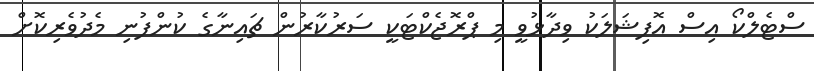
ސްޓެލްކޯ އިސް އޮފިޝަލަކު ވިދާޅުވީ މި ޕްރޮޖެކްޓަކީ ސަރުކާރުން ޗައިނާގެ ކުންފުނި މެދުވެރިކޮށް